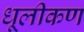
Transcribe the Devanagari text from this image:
धूलीकण